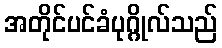
အတိုင်ပင်ခံပုဂ္ဂိုလ်သည်